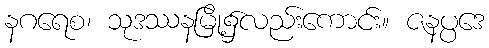
နဂရေစ၊ သုဒဿနမြို့၌လည်းကောင်း။ ဇနပ္ပဒေ